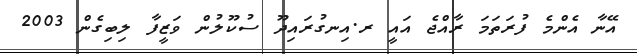
އޭނާ އެންމެ ފުރަތަމަ ރާއްޖެ އައީ ރ.އިނގުރައިދޫ ސުކޫލުން ވަޒީފާ ލިބިގެން 2003